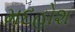
મદહોશ